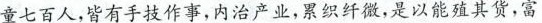
童七百人，皆有手技作事，内治产业，累织纤微，是以能殖其货，富